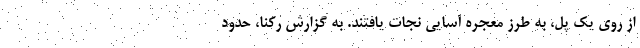
از روی یک پل، به طرز معجره آسایی نجات یافتند. به گزارش رکنا، حدود